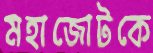
মহাজোটকে